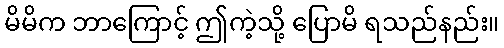
မိမိက ဘာကြောင့် ဤကဲ့သို့ ပြောမိ ရသည်နည်း။